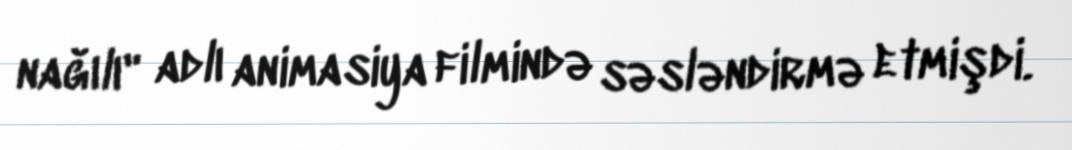
nağılı" adlı animasiya filmində səsləndirmə etmişdi.